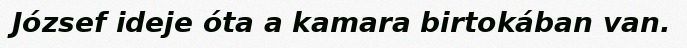
József ideje óta a kamara birtokában van.